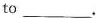
to___.